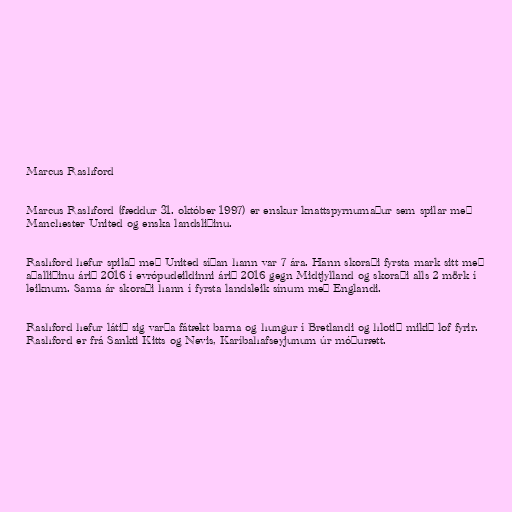
Marcus Rashford

Marcus Rashford (fæddur 31. október 1997) er enskur knattspyrnumaður sem spilar með
Manchester United og enska landsliðinu.

Rashford hefur spilað með United síðan hann var 7 ára. Hann skoraði fyrsta mark sitt með
aðalliðinu árið 2016 í evrópudeildinni árið 2016 gegn Midtjylland og skoraði alls 2 mörk í
leiknum. Sama ár skoraði hann í fyrsta landsleik sínum með Englandi.

Rashford hefur látið sig varða fátækt barna og hungur í Bretlandi og hlotið mikið lof fyrir.
Rashford er frá Sankti Kitts og Nevis, Karíbahafseyjunum úr móðurætt.